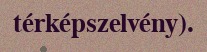
térképszelvény).